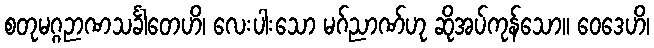
စတုမဂ္ဂဉာဏသင်္ခါတေဟိ၊ လေးပါးသော မဂ်ညာဏ်ဟု ဆိုအပ်ကုန်သော။ ဝေဒေဟိ၊